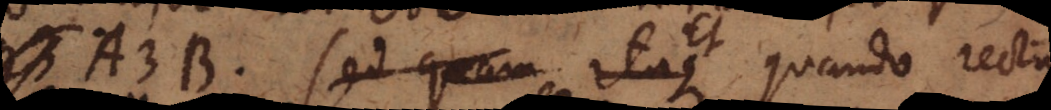
A3B. ed quam itaque Et quando recta